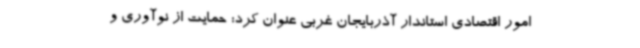
امور اقتصادی استاندار آذربایجان غربی عنوان کرد: حمایت از نوآوری و